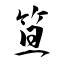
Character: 笪